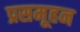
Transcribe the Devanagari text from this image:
प्रसमूहन